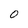
Character: 0